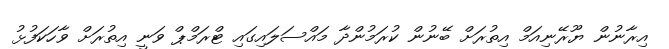
އިރާނުން ޔޫރޭނިއަމް އިތުރަށް ބޭނުން ކުރަމުންދާ މައްސަލައިގައި ޓްރަމްޕް ވަނީ އިތުރަށް ވާހަކަފުޅު